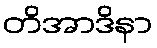
တိအာဒိနာ